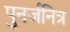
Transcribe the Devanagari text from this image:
पुनर्जनित्र